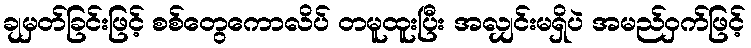
ချမှတ်ခြင်းဖြင့် စစ်တွေကောလိပ် တမူထူးပြီး အလျှင်းမရှိပဲ အမည်ဝှက်ဖြင့်